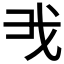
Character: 𢦐